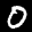
Label: 0